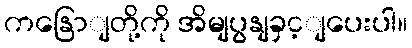
ကနြောျတို့ကို အိမျပွနျခှင့ျပေးပါ။